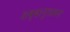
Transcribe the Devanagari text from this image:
शब्दानुशसन